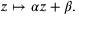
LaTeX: z \mapsto \alpha z + \beta .